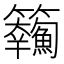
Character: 𩽘